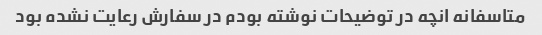
متاسفانه انچه در توضیحات نوشته بودم در سفارش رعایت نشده بود